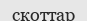
скоттар